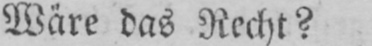
Wäre das Recht?